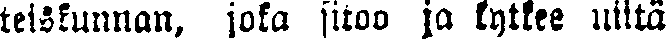
teiskunnan, joka sitoo ja kytkee niitä